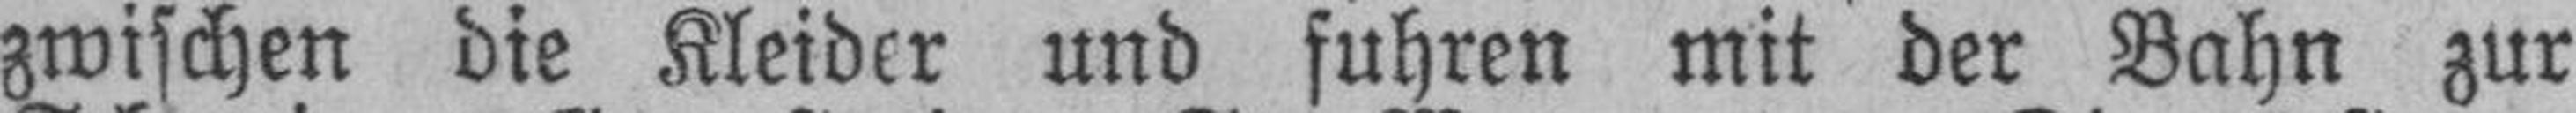
zwischen die Kleider und fuhren mit der Bahn zur